Scottish Leaving Certificate Examination, 1953
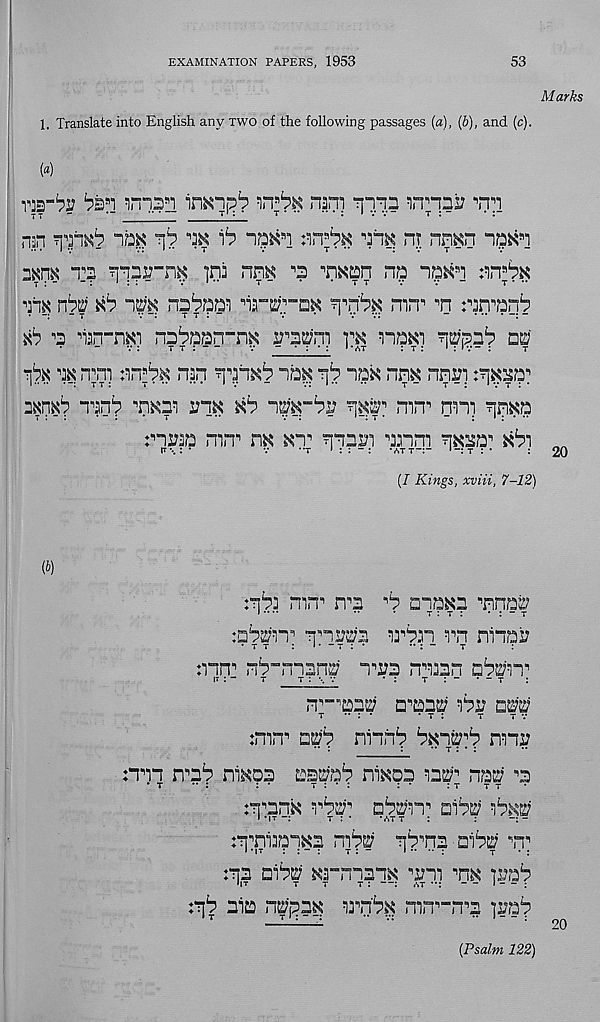
EXAMINATION PAPERS, 1953
53
Marks
1. Translate into English any two of the following passages [a), (b), and (c).
{a)
tb-^
infrnpb
nam *n-nn
^n*’i
tt “
*”
^ ‘
t 1 :
T
• 1 v v
t : “
* :
nan ?pn&6 ibs?? ^\b
]b ni5^s]
ni nmri
imx T2
]na nm ^ "nxtpn np
'm
im
• i ia“ep”a^
mn n
ran^n^
*6 b nan-n^i na^ian-n^ wsu/n) i:$ npKi Tj^pnb nuj
^ n;ni :an^.K nan T\'pxb nb^ rf?
nn^ nnyi :^b?
n^D 2 ? ■’nKsa i?n^ xb im~bv
mn 1 nani
:ni?p mn^ r\$
?n;asn banni
xb-\ 20
(I Kings, xviii, 7-12)
(b)
:nba mn^
'b cna^n Tras;
j
..
.
t : T :
• : - T
iQ^nn 1 nnrra aa^an a^n nanaia
•tt : < • - t : *
•*:-
t
:
:ann^ nb-nnan^ Tin nnasn D^an"
it : - t
t : \ v
* :
t : “ * - t :
DnsE? ani? am
t •• : *
* t :
t
tv
:naT an’b nann^ bxns;^ nani;
nnn nnb ni^oa
na^on an^ nw n
• T
••:
:*
t:*:
: *
:t
tt
:nnnK a^^ n^an 1 oab$ ab^s?
ipTiapi^? naps; ajbT? aib^'
:n2 aaP27 ^a-nnanx tt
imb
:r\b aaa n^pa^ aa^nb^ nan^nn ]iaab
[Psalm 122)